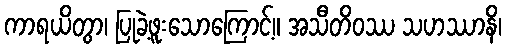
ကာရယိတွာ၊ ပြုခဲ့ဖူးသောကြောင့်။ အသီတိဝဿ သဟဿာနိ၊